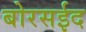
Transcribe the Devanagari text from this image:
बोरसईद